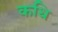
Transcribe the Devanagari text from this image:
कधि